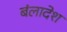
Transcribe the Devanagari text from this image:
बंलादेश